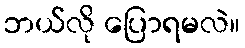
ဘယ်လို ပြောရမလဲ။